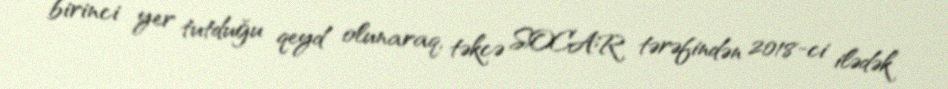
birinci yer tutduğu qeyd olunaraq, təkcə SOCAR tərəfindən 2018-ci ilədək